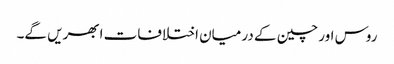
روس اور چین کے درمیان اختلافات ابھریں گے۔